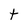
Character: t